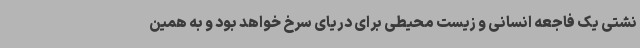
نشتی یک فاجعه انسانی و زیست محیطی برای دریای سرخ خواهد بود و به همین